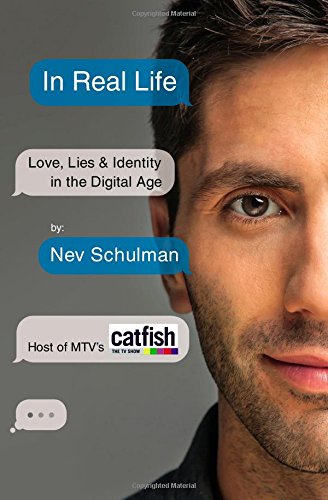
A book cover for In Real Life: Love, Lies & Identity in the Digital Age; Nev Schulman; Self-Help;